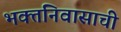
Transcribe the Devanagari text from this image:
भक्तनिवासाची